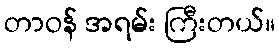
တာဝန် အရမ်း ကြီးတယ်။